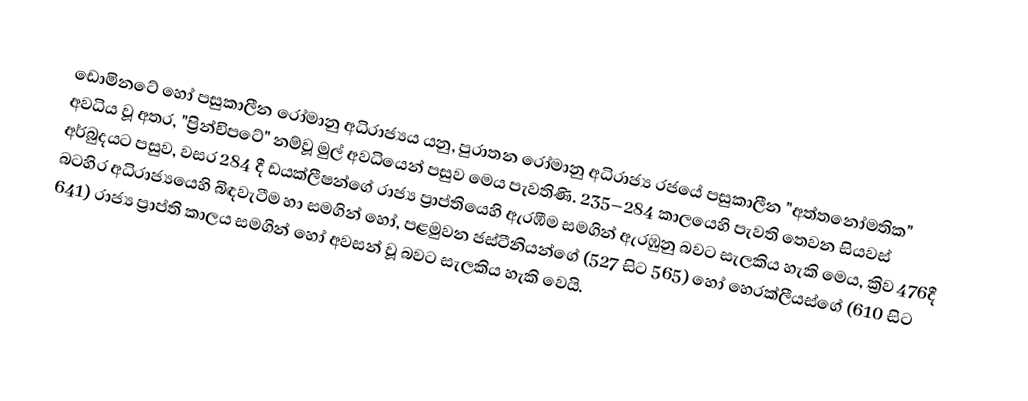
ඩොමිනටේ හෝ  පසුකාලීන රෝමානු අධිරාජ්‍යය යනු,  පුරාතන රෝමානු අධිරාජ්‍ය රජයේ පසුකාලීන  "අත්තනෝමතික" අවධිය වූ අතර, "ප්‍රින්චිපටේ" නම්වූ මුල් අවධියෙන් පසුව මෙය පැවතිණි. 235–284 කාලයෙහි පැවති තෙවන සියවස් අර්බුදයට පසුව,   වසර 284 දී ඩයක්ලීෂන්ගේ රාජ්‍ය ප්‍රාප්තියෙහි ඇරඹීම සමගින් ඇරඹුනු බවට සැලකිය හැකි මෙය,  ක්‍රිව 476දී  බටහිර අධිරාජ්‍යයෙහි බිඳවැටීම හා සමගින් හෝ, පළමුවන ජස්ටීනියන්ගේ (527 සිට 565) හෝ  හෙරක්ලීයස්ගේ (610 සිට 641) රාජ්‍ය ප්‍රාප්ති කාලය සමගින් හෝ අවසන් වූ බවට සැලකිය හැකි වෙයි.